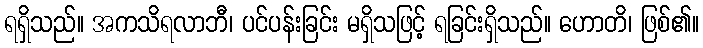
ရရှိသည်။ အကသိရလာဘီ၊ ပင်ပန်းခြင်း မရှိသဖြင့် ရခြင်းရှိသည်။ ဟောတိ၊ ဖြစ်၏။